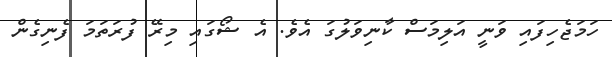
ހަމަޖެހިފައި ވަނީ އަލިމަސް ކާނިވަލުގަ އެވެ. އެ ޝޯގައި މިރޭ ފުރަތަމަ ފެނިގެން